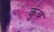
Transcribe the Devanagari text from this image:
कुंब